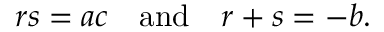
r s = a c \quad { \mathrm { a n d } } \quad r + s = - b .